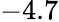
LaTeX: -4.7